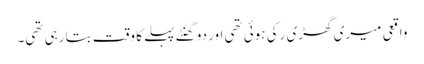
واقعی میری گھڑی رکی ہوئی تھی اور دو گھنٹے پہلے کا وقت بتا رہی تھی۔